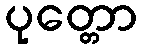
ပုတ္တော